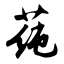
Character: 莼